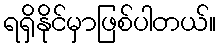
ရရှိနိုင်မှာဖြစ်ပါတယ်။